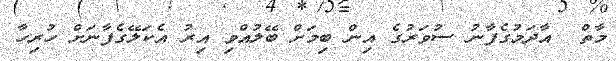
މާތް  އާދަމުގެފާނު ސުވަރުގެ އިން ބިމަށް ބޭލުއްވި އިރު އެކަލޭގެފާނަށް ހުރިހާ